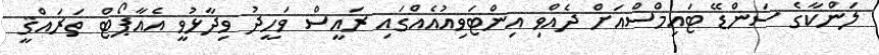
ލަންކާގެ ސަންޑޭ ޓައިމްސްއަށް ދެއްވި އިންޓަވިއުއެއްގައި ރައީސް ވަހީދު ވިދާޅުވީ އެއާޕޯޓް ތަރައްޤީ